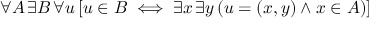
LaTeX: \forall A \, \exists B \, \forall u \, [ u \in B \iff \exists x \, \exists y \, ( u = ( x , y ) \land x \in A ) ] \!